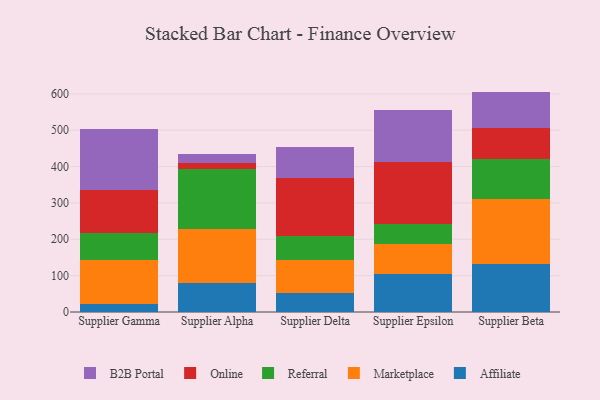
{"axis": {"x": "Supplier", "y": "Shipments"}, "legend": ["Affiliate", "B2B Portal", "Marketplace", "Online", "Referral"], "data": [{"x": "Supplier Gamma", "y": 21.0, "type": "Affiliate"}, {"x": "Supplier Gamma", "y": 122.0, "type": "Marketplace"}, {"x": "Supplier Gamma", "y": 73.9, "type": "Referral"}, {"x": "Supplier Gamma", "y": 118.6, "type": "Online"}, {"x": "Supplier Gamma", "y": 167.1, "type": "B2B Portal"}, {"x": "Supplier Alpha", "y": 78.7, "type": "Affiliate"}, {"x": "Supplier Alpha", "y": 150.9, "type": "Marketplace"}, {"x": "Supplier Alpha", "y": 163.8, "type": "Referral"}, {"x": "Supplier Alpha", "y": 16.5, "type": "Online"}, {"x": "Supplier Alpha", "y": 23.7, "type": "B2B Portal"}, {"x": "Supplier Delta", "y": 51.9, "type": "Affiliate"}, {"x": "Supplier Delta", "y": 91.0, "type": "Marketplace"}, {"x": "Supplier Delta", "y": 66.8, "type": "Referral"}, {"x": "Supplier Delta", "y": 158.2, "type": "Online"}, {"x": "Supplier Delta", "y": 85.0, "type": "B2B Portal"}, {"x": "Supplier Epsilon", "y": 105.1, "type": "Affiliate"}, {"x": "Supplier Epsilon", "y": 82.7, "type": "Marketplace"}, {"x": "Supplier Epsilon", "y": 53.7, "type": "Referral"}, {"x": "Supplier Epsilon", "y": 170.4, "type": "Online"}, {"x": "Supplier Epsilon", "y": 144.9, "type": "B2B Portal"}, {"x": "Supplier Beta", "y": 131.6, "type": "Affiliate"}, {"x": "Supplier Beta", "y": 178.2, "type": "Marketplace"}, {"x": "Supplier Beta", "y": 110.6, "type": "Referral"}, {"x": "Supplier Beta", "y": 85.2, "type": "Online"}, {"x": "Supplier Beta", "y": 100.6, "type": "B2B Portal"}]}